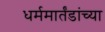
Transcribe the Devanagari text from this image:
धर्ममार्तंडांच्या